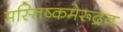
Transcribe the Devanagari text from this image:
मस्तिष्कमेरूद्रव